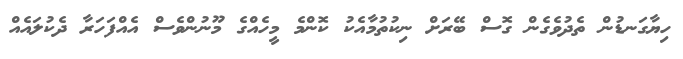
ހިޔާގަނޑުން ތެދުވެގެން ގޮސް ބޭރަށް ނިކުތުމާއެކު ކޮންމެ މީހެއްގެ މޫނުންވެސް އެއްފަހަރާ ދެކުލައެއް